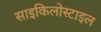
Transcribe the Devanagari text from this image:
साइकिलोस्टाइल